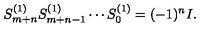
S _ { m + n } ^ { ( 1 ) } S _ { m + n - 1 } ^ { ( 1 ) } \cdots S _ { 0 } ^ { ( 1 ) } = ( - 1 ) ^ { n } I .